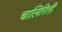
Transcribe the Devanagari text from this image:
चालिरिती